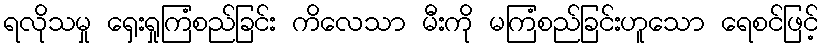
ရလိုသမှု ရှေးရှုကြံစည်ခြင်း ကိလေသာ မီးကို မကြံစည်ခြင်းဟူသော ရေစင်ဖြင့်